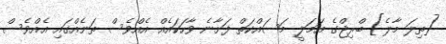
[ތިލަ މާލެ] ބްރިޖްގެ އަމަލީ މަސައްކަތް ފަށާނެ ވާހަކައެއް އެއްވެސް ތަނެއްގައި އެއްވެސް